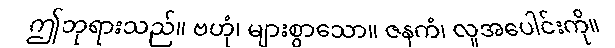
ဤဘုရားသည်။ ဗဟုံ၊ များစွာသော။ ဇနကံ၊ လူအပေါင်းကို။